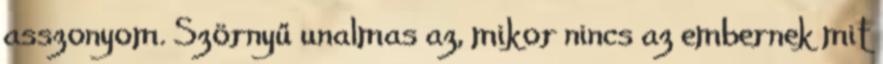
asszonyom. Szörnyű unalmas az, mikor nincs az embernek mit